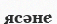
ясәне